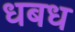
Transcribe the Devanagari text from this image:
धबध